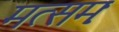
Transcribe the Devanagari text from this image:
मत्समः